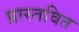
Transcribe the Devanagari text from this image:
प्रास्तवित